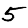
Digit: 5